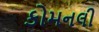
કોમનલી